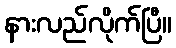
နားလည်လိုက်ပြီ။